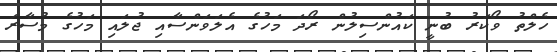
ހެލްތު ވޯކަރު ބުނީ ކައުންސިލުން ރޯދަ މަހުގެ އެލަވަންސާއި ޖުލައި މަހުގެ މުސާރަ